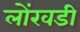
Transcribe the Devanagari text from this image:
लोंखडी